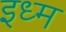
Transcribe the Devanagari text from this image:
इध्म